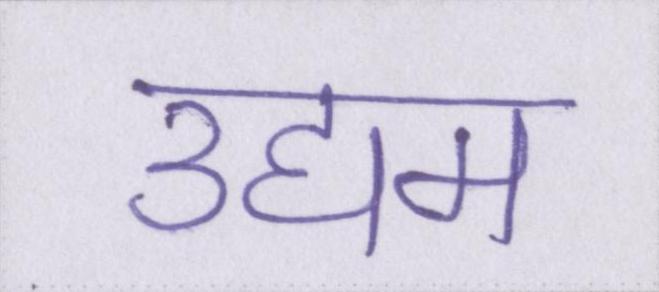
उद्यम